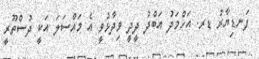
ފަނޑިޔާރު ޑރ. އަހްމަދު އަބްދު ދީދީ ވިދާޅުވީ އެ މައްސަލަ އަކީ ދުސްތޫރީ